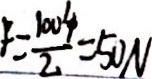
F = \frac { 1 0 0 4 } { 2 } = 5 0 N